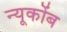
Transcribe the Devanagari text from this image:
न्यूकोंब